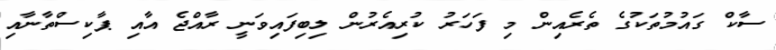
ސާކް ގައުމުތަކުގެ ތެރެއިން މި ފަހަރު ކުރިއެރުން ލިބިފައިވަނީ ރާއްޖެ އާއި ޕާކިސްތާނާއި